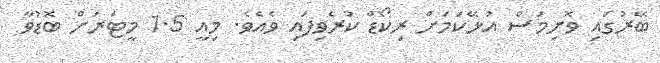
ބޭރުގައި ވޮށިމަސް އުޅޭކަމަށް ރިކޯޑް ކުރެވިފައި ވެއެވެ. މިއީ 1.5 މީޓަރަށް ބޮޑުވާ